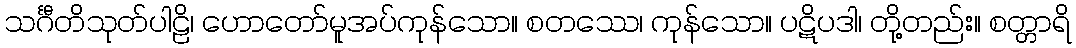
သင်္ဂီတိသုတ်ပါဠိ၊ ဟောတော်မူအပ်ကုန်သော။ စတဿေ၊ ကုန်သော။ ပဋိပဒါ၊ တို့တည်း။ စတ္တာရိ